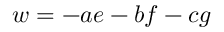
w = - a e - b f - c g